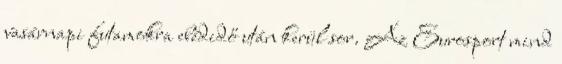
vasárnapi futamokra ebédidő után kerül sor. Az Eurosport mind